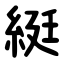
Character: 綎